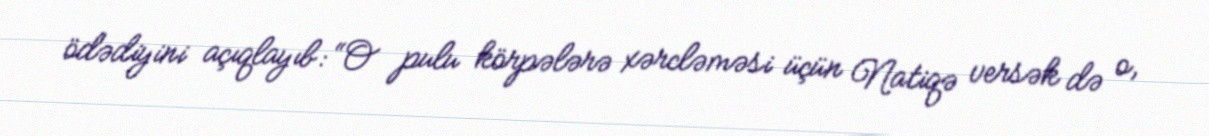
ödədiyini açıqlayıb: “O pulu körpələrə xərcləməsi üçün Natiqə versək də o,